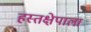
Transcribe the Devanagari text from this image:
हस्तक्षेपाला